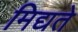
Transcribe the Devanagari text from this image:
मिद्यते